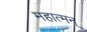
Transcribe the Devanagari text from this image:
महात्मन्‌